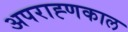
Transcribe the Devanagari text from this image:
अपराह्णकाल